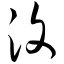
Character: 汶